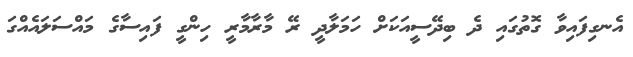
އެނގިފައިވާ ގޮތުގައި ދެ ބިދޭސީއަކަށް ހަމަލާދީ ރޭ މާރާމާރީ ހިންގީ ފައިސާގެ މައްސަލައެއްގަ